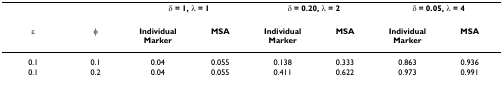
<table><thead><tr><td></td><td></td><td colspan="2"><b>δ = 1, λ = 1</b></td><td colspan="2"><b>δ = 0.20, λ = 2</b></td><td colspan="2"><b>δ = 0.05, λ = 4</b></td></tr><tr><td><b>ε</b></td><td><b>φ</b></td><td><b>Individual Marker</b></td><td><b>MSA</b></td><td><b>Individual Marker</b></td><td><b>MSA</b></td><td><b>Individual Marker</b></td><td><b>MSA</b></td></tr></thead><tbody><tr><td>0.1</td><td>0.1</td><td>0.04</td><td>0.055</td><td>0.138</td><td>0.333</td><td>0.863</td><td>0.936</td></tr><tr><td>0.1</td><td>0.2</td><td>0.04</td><td>0.055</td><td>0.411</td><td>0.622</td><td>0.973</td><td>0.991</td></tr></tbody></table>